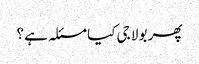
پھر بولا جی کیا مسئلہ ہے؟